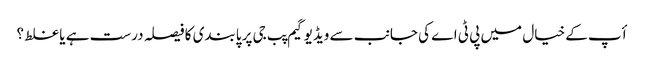
أپ کے خیال میں پی ٹی اے کی جانب سے ویڈیو گیم پب جی پر پابندی کا فیصلہ درست ہے یا غلط ؟